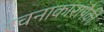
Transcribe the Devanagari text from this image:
रचनाकारांपैकी